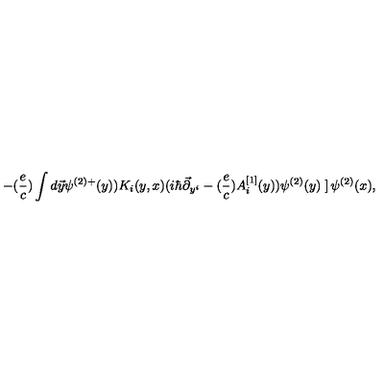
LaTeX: - ( { \frac { e } { c } } ) \int d \vec { y } \psi ^ { ( 2 ) + } ( y ) ) K _ { i } ( y , x ) ( i \hbar \vec { \partial } _ { y ^ { i } } - ( { \frac { e } { c } } ) A _ { i } ^ { [ 1 ] } ( y ) ) \psi ^ { ( 2 ) } ( y ) \left. \right] \psi ^ { ( 2 ) } ( x ) ,